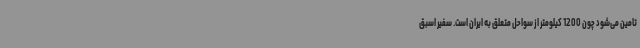
تامین می‌شود چون 1200 کیلومتر از سواحل متعلق به ایران است. سفیر اسبق